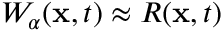
W _ { \alpha } ( \mathbf { x } , t ) \approx R ( \mathbf { x } , t )